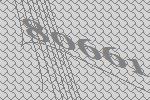
80661